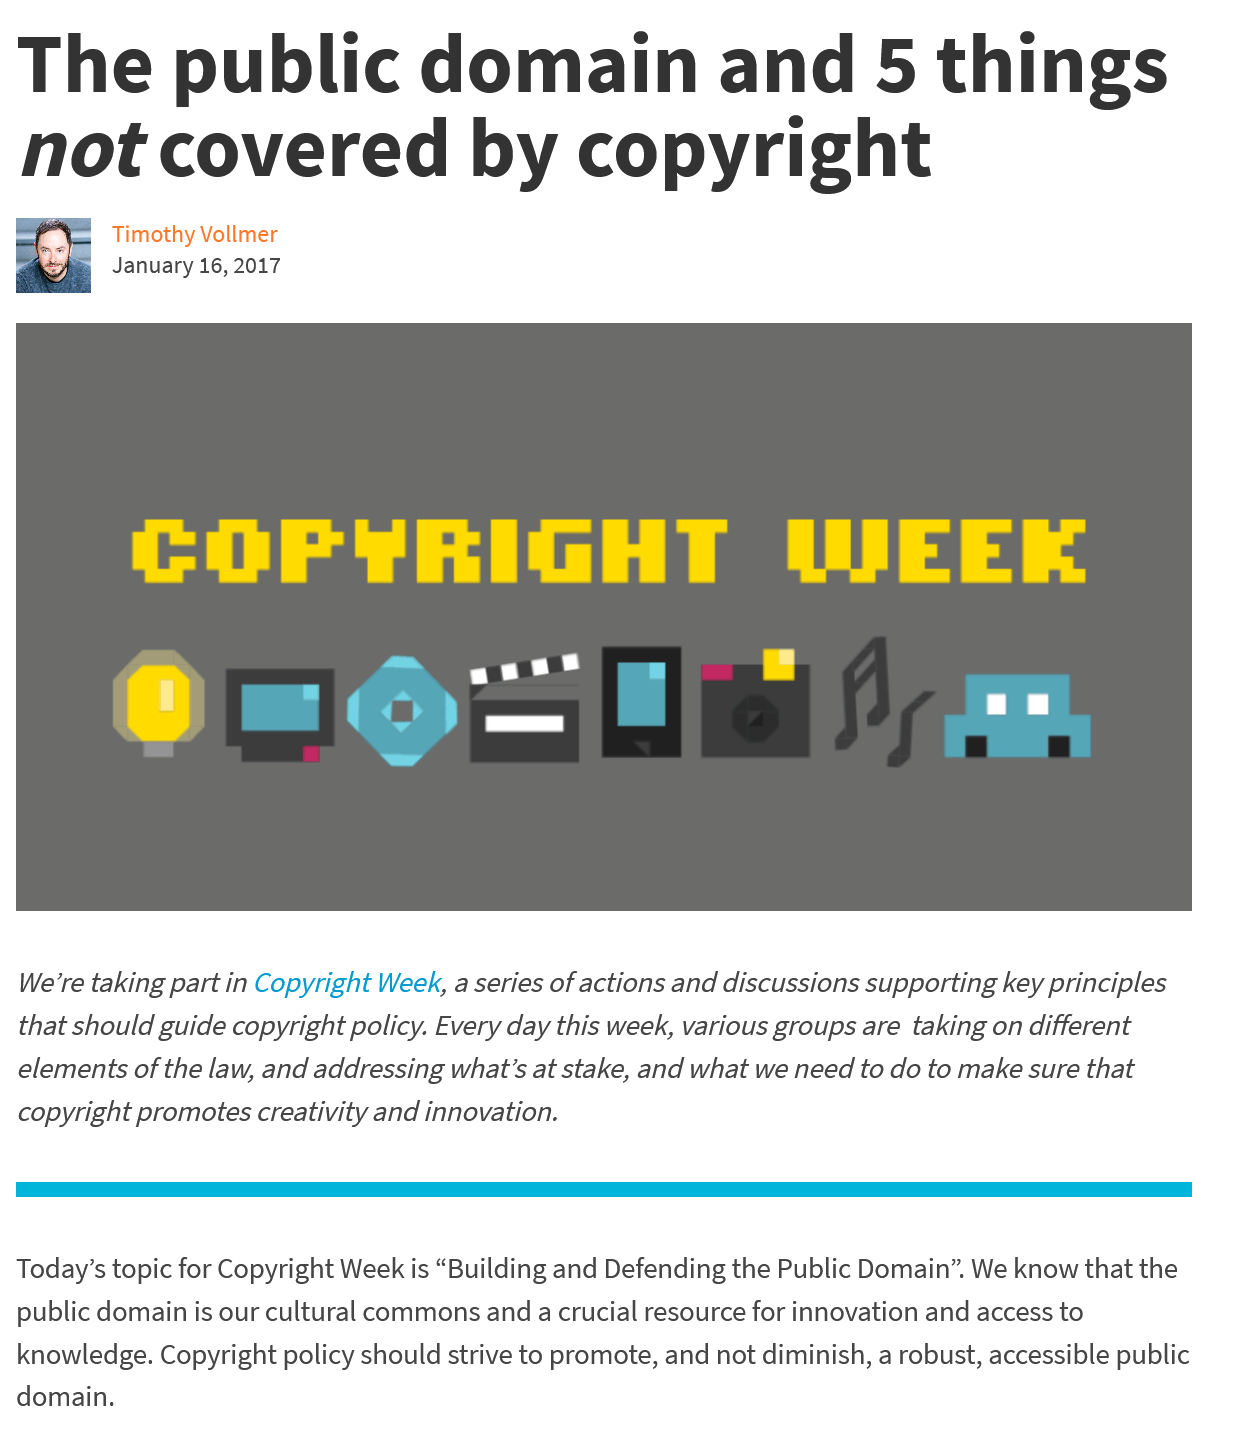
We’re taking part in Copyright Week, a series of actions and discussions supporting key principles
  that should guide copyright policy. Every day this week, various groups are taking on different
  elements of the law, and addressing what’s at stake, and what we need to do to make sure that
  copyright promotes creativity and innovation.
  The    public    domain    and    5   things
  not    covered    by    copyright
     COPYRIGHT    WEEK
     Med    *    fal    bas    IPF
  Today’s topic for Copyright Week is “Building and Defending the Public Domain”. We know that the
  public domain is our cultural commons and a crucial resource for innovation and access to
  knowledge. Copyright policy should strive to promote, and not diminish, a robust, accessible public
  domain.
     Timothy Vollmer
     January 16, 2017